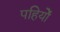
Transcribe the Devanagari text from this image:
पहियोें